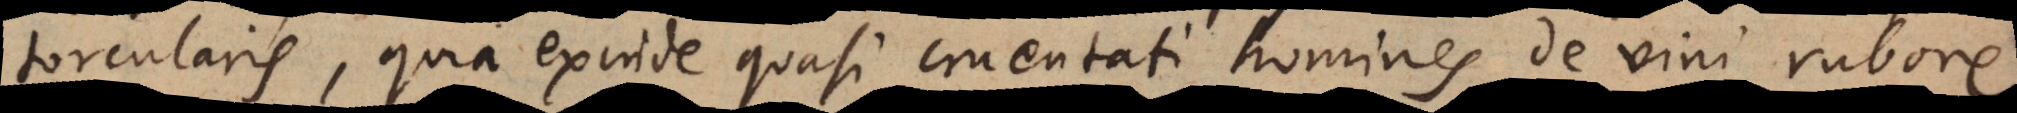
torcularis, quia exinde quasi cruentati homines de vini rubore